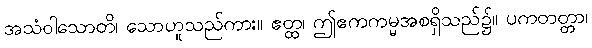
အသံဝါသောတိ၊ သောဟူသည်ကား။ ဧတ္ထ၊ ဤဧကကမ္မအစရှိသည်၌။ ပကတတ္တာ၊